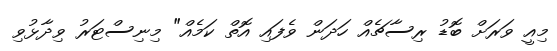
މިއީ ވަރަށް ބޮޑު ރިސާޗެއް ހަދަން ވެފައި އޮތް ކަމެއް" މިނިސްޓަރު ވިދާޅުވި